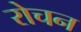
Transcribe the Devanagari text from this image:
रोचन